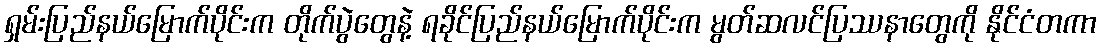
ရှမ်းပြည်နယ်မြောက်ပိုင်းက တိုက်ပွဲတွေနဲ့ ရခိုင်ပြည်နယ်မြောက်ပိုင်းက မွတ်ဆလင်ပြဿနာတွေကို နိုင်ငံတကာ